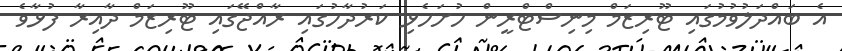
އެ ބައްދަލުވުމުގައި ޓޫރިޒަމް މިނިސްޓްރީން ހުށަހެޅި ކަރުދާހުގައި ރާއްޖޭގައި ޓޫރިޒަމް ދާއިރާ ފުޅާވެ